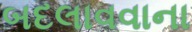
બદલાવવાના